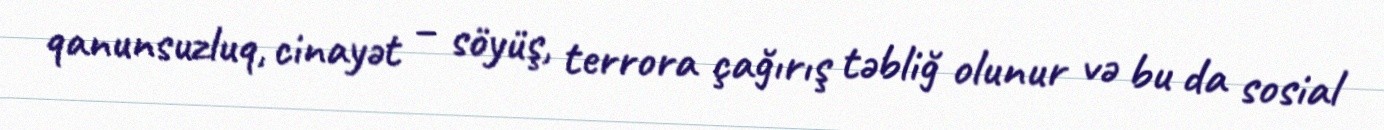
qanunsuzluq, cinayət – söyüş, terrora çağırış təbliğ olunur və bu da sosial